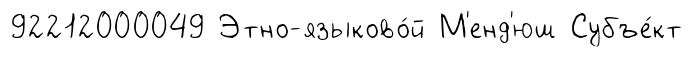
92212000049 Этно-языково́й М'енд'юш Субъе́кт